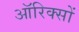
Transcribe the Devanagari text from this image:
ऑरिक्सों